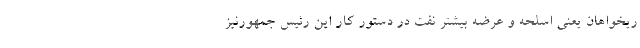
ریخواهان یعنی اسلحه و عرضه بیشتر نفت در دستور کار این رئیس جمهورنیز